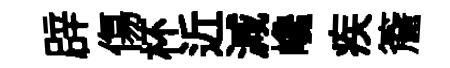
辟傷杯近減巉疾簷